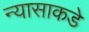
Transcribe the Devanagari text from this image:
न्यासाकडे